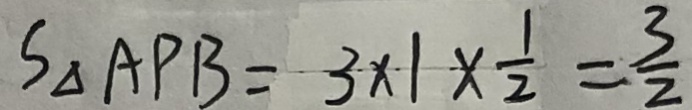
S _ { \Delta A P B } = 3 \times 1 \times \frac { 1 } { 2 } = \frac { 3 } { 2 }